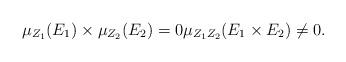
LaTeX: \begin{align*} \mu_{Z_{1}}(E_1) \times \mu_{Z_{2}}(E_2) = 0 \mu_{Z_1 Z_2}(E_1 \times E_2) \neq 0.\end{align*}